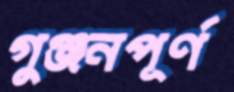
গুঞ্জনপূর্ণ